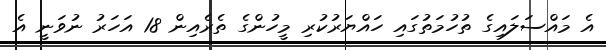
އެ މައްސަލައިގެ ތުހުމަތުގައި ހައްޔަރުކުރި މީހުންގެ ތެރެއިން 18 އަހަރު ނުވަނީ އެ